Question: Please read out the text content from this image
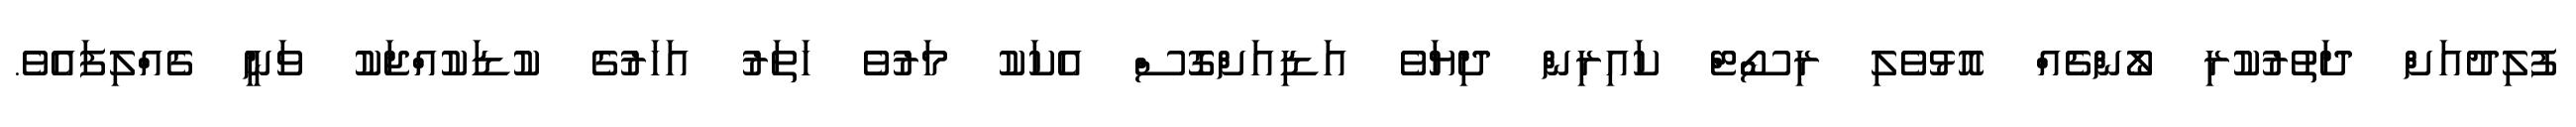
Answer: ފުލިދުއަށް ދަތުރުކުރި ލޯންޗެއް އޮޅުވެލި ރިސޯޓް ކައިރިން ދިޔަވެ އަޑިއަށްގޮސް އެކަކު މަރުވެ ހަތަރު އަހަރުގެ ކުޑަކުއްޖަކު ވަނީ ގެއްލިފައެވެ.